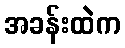
အခန်းထဲက